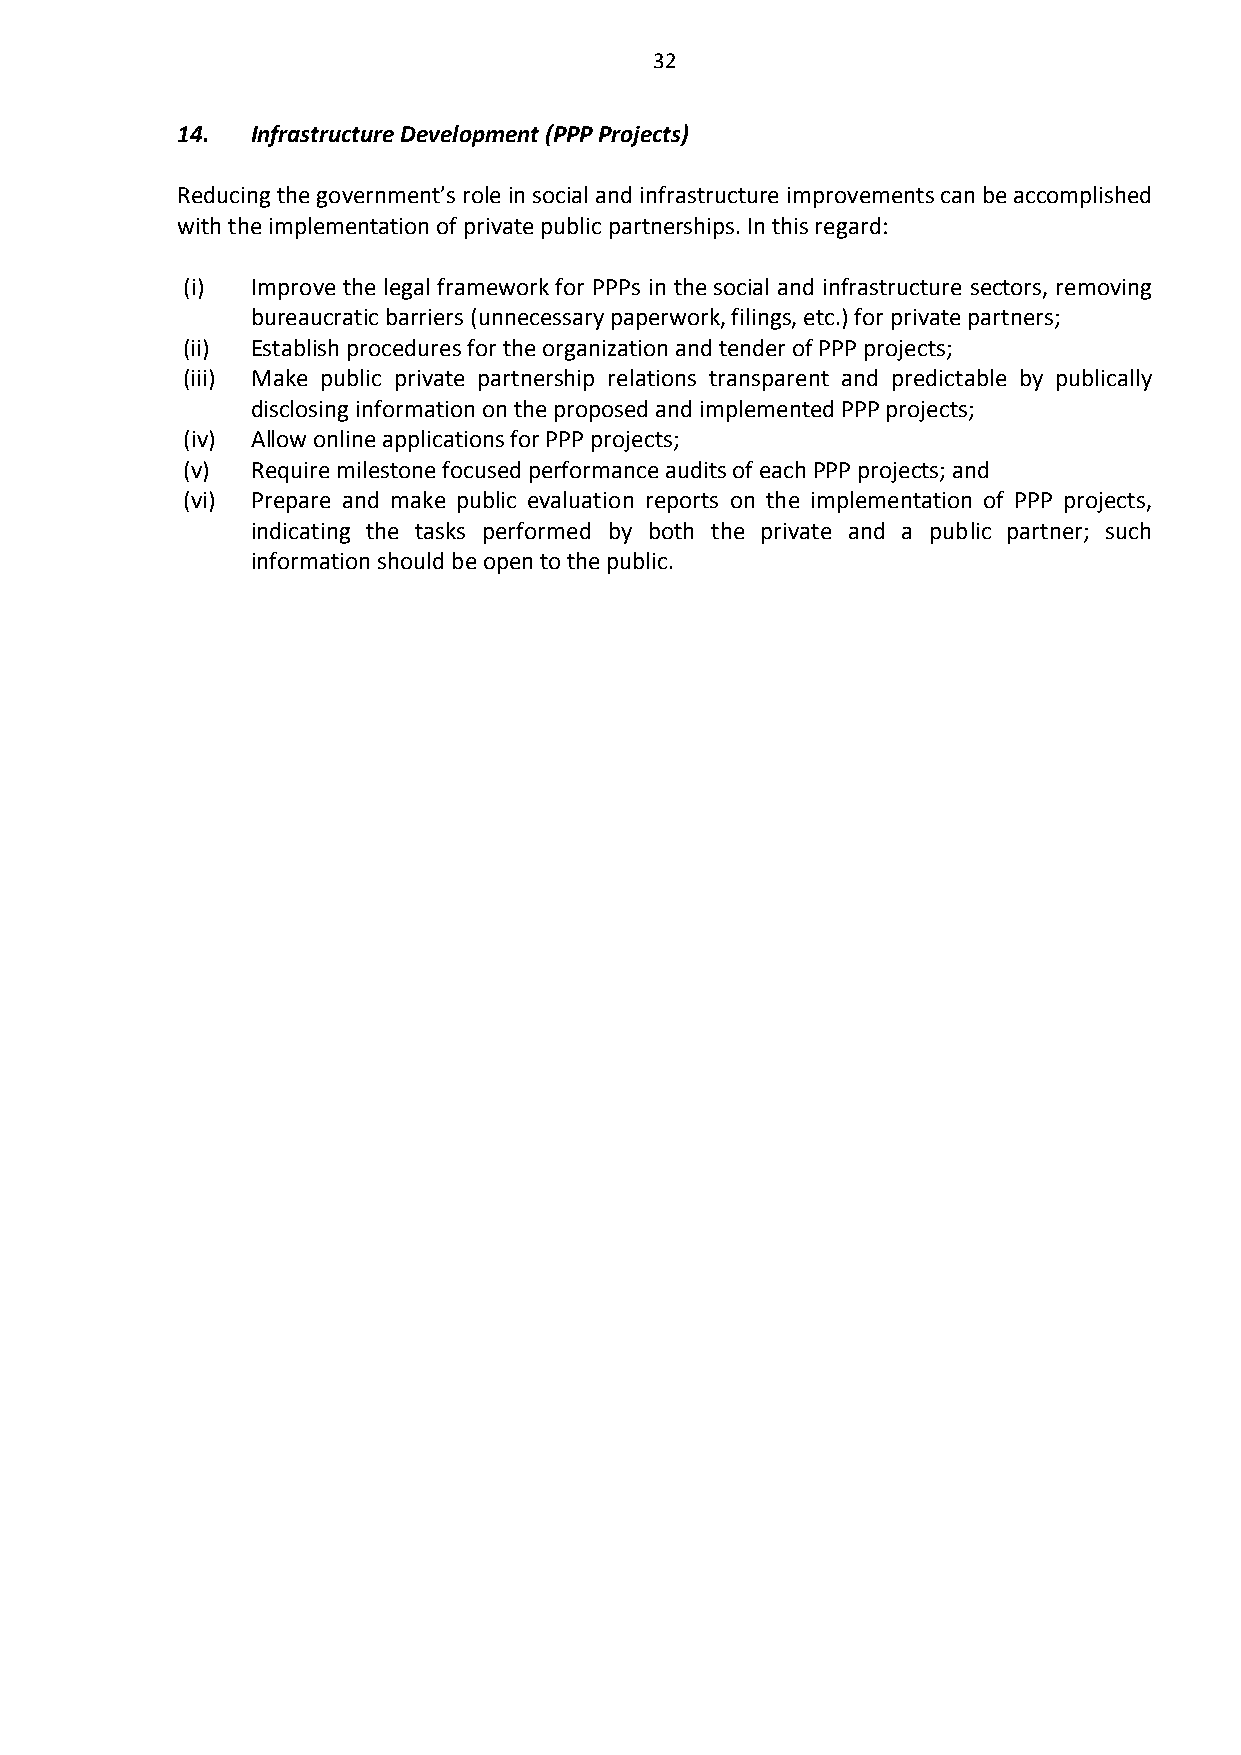
32
 14.  Infrastructure Development (PPP Projects)
 Reducing the government’s role in social and infrastructure improvements can be accomplished
 with the implementation of private public partnerships. In this regard:
 (i)  Improve the legal framework for PPPs in the social and infrastructure sectors, removing
 bureaucratic barriers (unnecessary paperwork, filings, etc.) for private partners;
 (ii) Establish procedures for the organization and tender of PPP projects;
 (iii) Make public private partnership relations transparent and predictable by publically
 disclosing information on the proposed and implemented PPP projects;
 (iv) Allow online applications for PPP projects;
 (v)  Require milestone focused performance audits of each PPP projects; and
 (vi) Prepare and make public evaluation reports on the implementation of PPP projects,
 indicating the tasks performed by both the private and a public partner; such
 information should be open to the public.